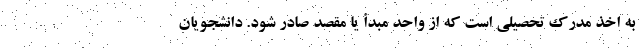
به اخذ مدرک تحصیلی است که از واحد مبدأ یا مقصد صادر شود. دانشجویان